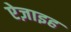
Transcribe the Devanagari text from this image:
ऐज़ाइह